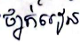
ថ្នាក់រៀន